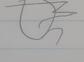
Signature authenticity: forged